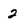
Character: 2